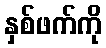
နှစ်ဖက်ကို